NAE_ERA_R-1665_Eesti_Kunstnike_Liit, lk 4
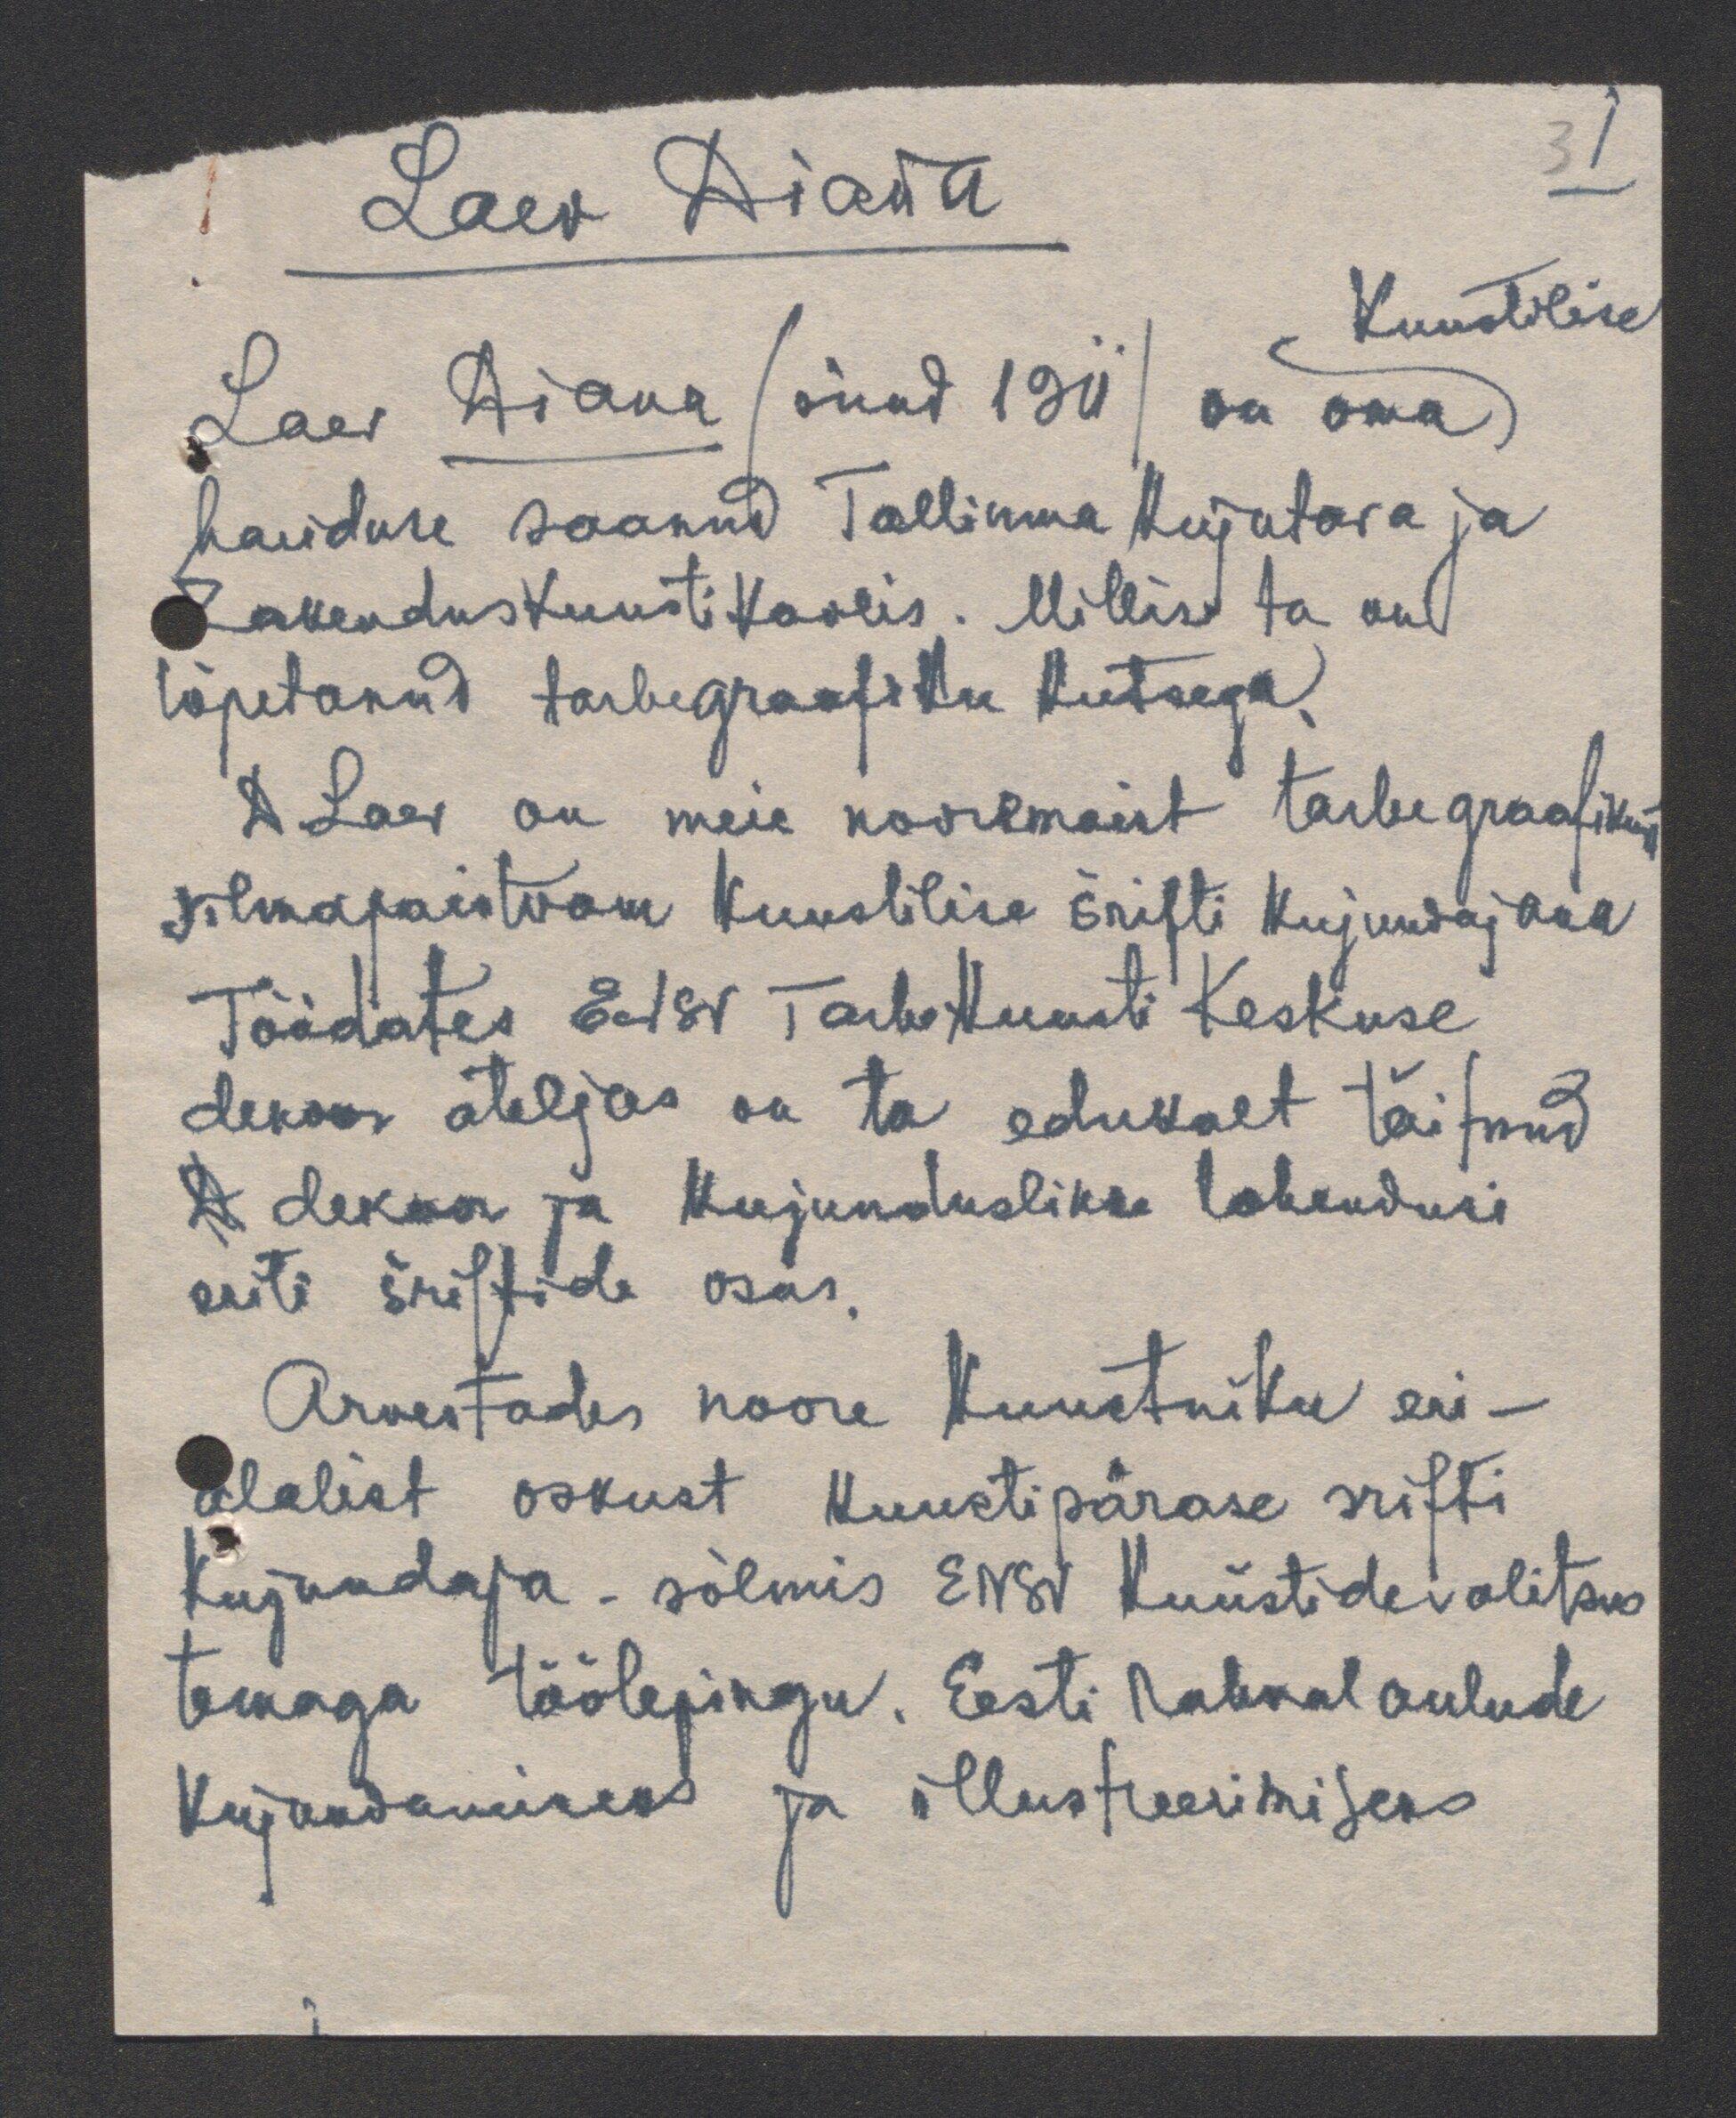
3 I

Laev Diana
Kunstilise
Laev Diana (sünd 1911) on oma
hariduse saanud Tallinna Kujutava ja
Rakenduskunstikoolis. Millise ta on
lõpetanud tarbegraafiku kutsega.
D. Laev on meie nooremaist tarbegraafikuist
silmapaistvam kunstilise šrifti kujundajana
Töödates ENSV Tarbekunsti Keskuse
dekoor ateljees on ta edukalt täitnud
D dekoor ja kujunduslikke lahendusi
eriti šriftide osas.
Arvestades noore kunstniku eri-
alalist oskust kunstipärase srifti
kujundaja - sõlmis ENSV Kunstidevalitsus
temaga töölepingu. Eesti rahvalaulude
kujundamiseks ja illustreerimiseks